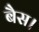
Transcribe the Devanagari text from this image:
बैस।